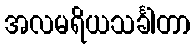
အလမရိယသင်္ခါတာ